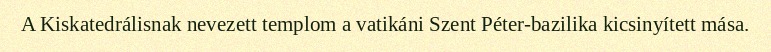
A Kiskatedrálisnak nevezett templom a vatikáni Szent Péter-bazilika kicsinyített mása.